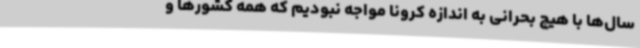
سال‌ها با هیچ بحرانی به اندازه کرونا مواجه نبودیم که همه کشورها و